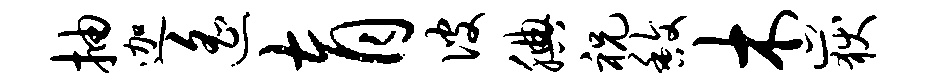
抽迦遥育彼腆祝馥木岳